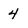
Character: 4